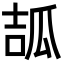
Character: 𤫶